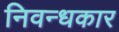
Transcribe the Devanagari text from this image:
निवन्धकार